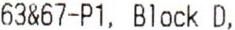
63&67-P1, BLOCK D,